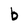
Character: b